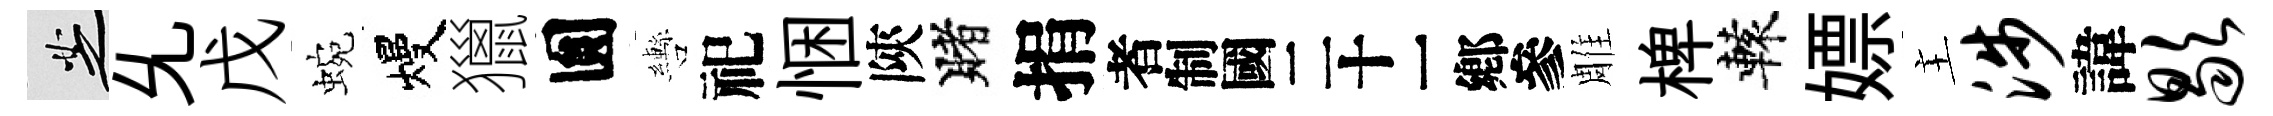
芝𠃔戊蜿熳獵圎轡祀悃陝賭捐识雕椑轅嫖主涉諱歇